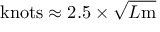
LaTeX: { \mathrm { k n o t s } } \approx 2 . 5 \times { \sqrt { L { \mathrm { m } } } }